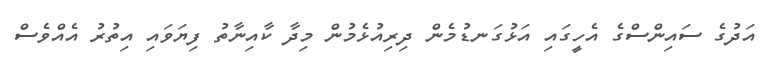
އަދުގެ ސައިންސްގެ އެހީގައި އަޅުގަނޑުމެން ދިރިއުޅެމުން މިދާ ކާއިނާތު ފިޔަވައި އިތުރު އެއްވެސް